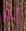
لم